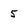
Character: 5